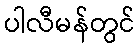
ပါလီမန်တွင်